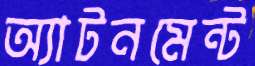
অ্যাটনমেন্ট